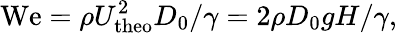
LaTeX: \mathrm{We}=\rho U_{\mathrm{theo}}^{2}D_{0}/\gamma=2\rho D_{0}gH/\gamma,